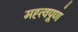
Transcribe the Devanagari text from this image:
मह्त्वपूण॑